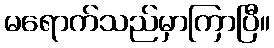
မရောက်သည်မှာကြာပြီ။